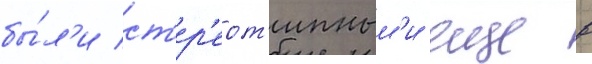
бы́л'и ст'ер'еот'ипным'и еще в